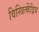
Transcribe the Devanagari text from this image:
विस्त्रित्केंद्रिय